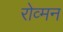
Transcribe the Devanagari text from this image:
रोव्मन